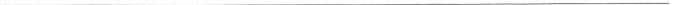
___